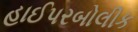
હાઈપરબોલીક